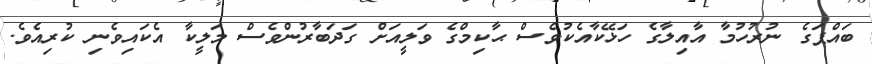
ބައްޕަގެ ނުރުހުމާ އާއިލާގެ ހަޅޭކާއެކުވެސް ޙާކިމްގެ ވަލީއަށް ގަދަބާރުންވެސް މަލީކާ އެކައިވެނި ކުރިއެވެ.